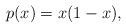
\begin{align*}p(x) = x(1-x),\end{align*}